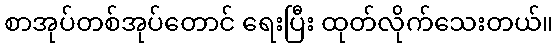
စာအုပ်တစ်အုပ်တောင် ရေးပြီး ထုတ်လိုက်သေးတယ်။